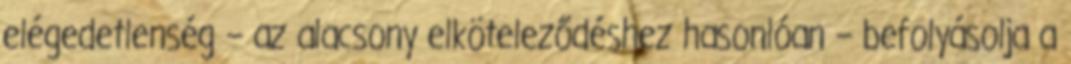
elégedetlenség – az alacsony elköteleződéshez hasonlóan – befolyásolja a